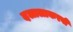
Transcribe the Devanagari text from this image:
दलालाकरवी